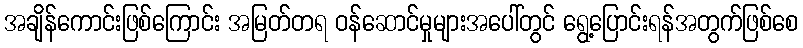
အချိန်ကောင်းဖြစ်ကြောင်း အမြတ်တရ ဝန်ဆောင်မှုများအပေါ်တွင် ရွေ့ပြောင်းရန်အတွက်ဖြစ်စေ